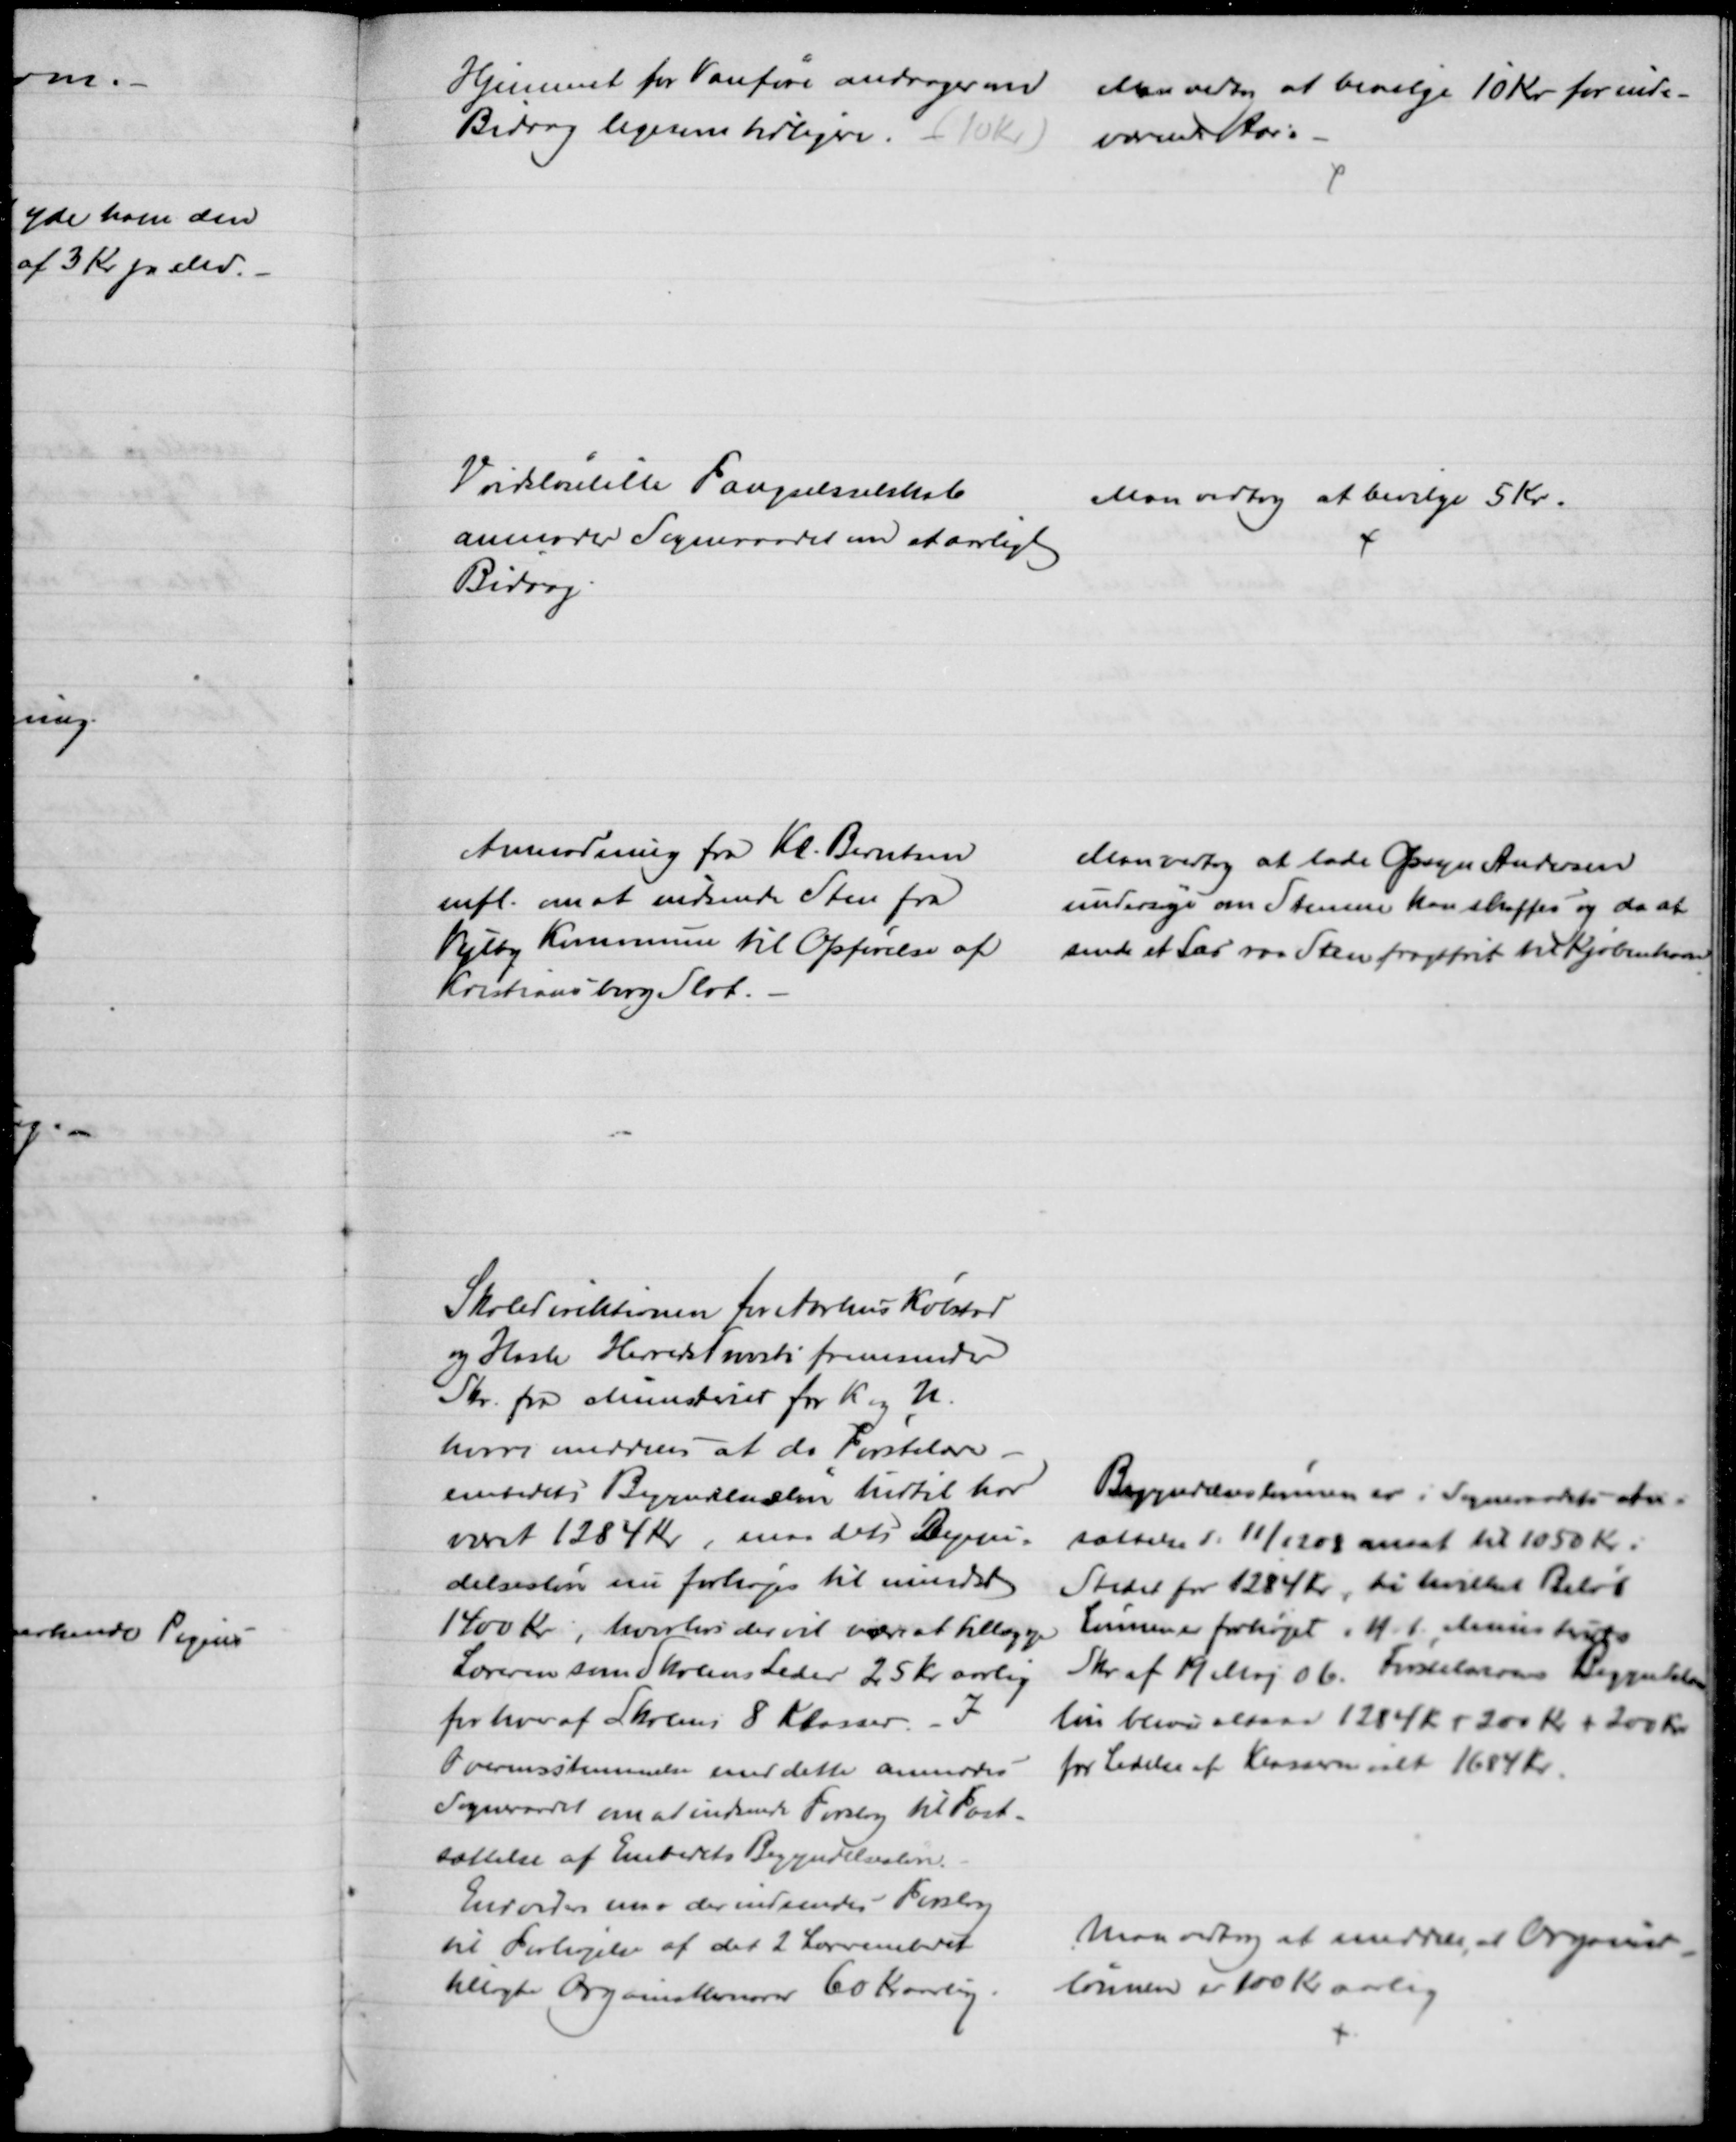
Transskription:
Hjemmet for Vanføre andrager om
Bidrag ligesom tidligere (10 Kr)
Man vedtog at bevilge 10 Kr for inde-
værende Aar.
Vridsløselille Fængselsselskab
anmoder Sogneraadet om at aarligt
Bidrag.
Man vedtog at bevilge 5 Kr.
Anmodning fra Kl. Berntsen
mfl. om at indsende Sten fra
Vejlby Kommune til Opførelse af
Kristiansborg Slot.
Man vedtog at lade Opsyn Andersen
undersøge om Stenene kan skaffes og da at
sende et Læs raa Sten fragtfrit til Kjøbenhavn 
Skoledirektionen for Aarhus Købstad
og Hasle Herreds Provsti fremsender
Skr. fra Ministeret for K og U.
hvori meddeles at da Førstelærer-
embedets Begyndelsesløn hidtil har
været 1284 Kr, maa dets Begyn=
delsesløn nu forhøjes til mindst
1400 kr, hvorhos der vil være at tillægge
Læreren som Skolens Leder 25 Kr. aarlig
for hver af Skolens 8 Klasser. - I
Overensstemmelse med dette anmodes
Sogneraadet om at indsede Forslag til Fast-
sættelse af Embedets Begyndelsesløn.
Begyndelseslønnen er i Sogneraadets An-
sættelse d: 11/12 08 ansat til 1050 Kr i
Stedet for 1284 Kr, til hvilket Beløb
Lønnen er forhøjet i H. t. Ministeriets
Skr. af 19 Maj 06. Førstelærerens Begyndelses-
løn bliver altsaa 1284 Kr. + 200 Kr. + 200 Kr.
for Ledelse af Klasserne ialt 1684 Kr.
Envidere maa der indsendes Forslag
til Forhøjelse af det 2 Lærerembedet
tillagte Organisthonorar 60 Kr aarlig.
Maa vedtog at meddele, at Organist-
lønnen er 100 Kr aarlig